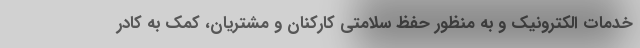
خدمات الکترونیک و به منظور حفظ سلامتی کارکنان و مشتریان، کمک به کادر